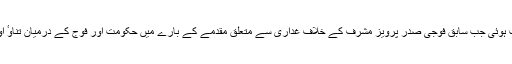
دونوں رہنماں کے درمیان یہ ملاقات ایسے وقت ہوئی جب سابق فوجی صدر پرویز مشرف کے خلاف غداری سے متعلق مقدمے کے بارے میں حکومت اور فوج کے درمیان تناوٴ اور بلا وجہ قیاس آرائیوں کو ہوا دی جا رہی ہے۔